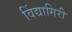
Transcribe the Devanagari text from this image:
विंद्यागिरी